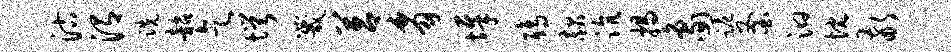
沽渭跣韶乞愕咒莒豸墀鸱赧沆揭象跪釜汩忱敬